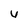
Character: u